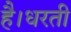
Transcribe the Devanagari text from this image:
है।धरती